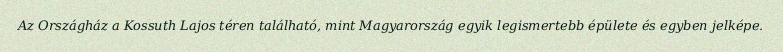
Az Országház a Kossuth Lajos téren található, mint Magyarország egyik legismertebb épülete és egyben jelképe.